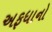
અફધાનો